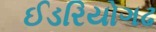
ઈડરિયોગઢ